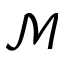
\mathcal { M }